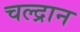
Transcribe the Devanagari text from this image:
चल्द्रान